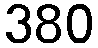
380